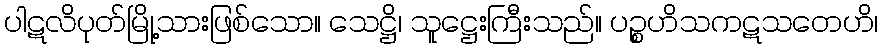
ပါဋလိပုတ်မြို့သားဖြစ်သော။ သေဋ္ဌိ၊ သူဋ္ဌေးကြီးသည်။ ပဉ္စဟိသကဋသတေဟိ၊